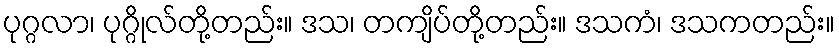
ပုဂ္ဂလာ၊ ပုဂ္ဂိုလ်တို့တည်း။ ဒသ၊ တကျိပ်တို့တည်း။ ဒသကံ၊ ဒသကတည်း။